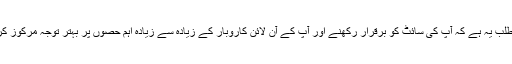
ان سب چیزوں کا یقینی طور پر مطلب یہ ہے کہ آپ کی سائٹ کو برقرار رکھنے اور آپ کے آن لائن کاروبار کے زیادہ سے زیادہ اہم حصوں پر بہتر توجہ مرکوز کرنے کے قابل بہت آسان وقت ہے۔